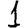
Digit: 1